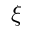
\xi